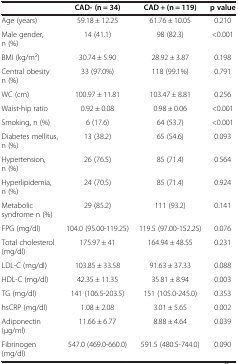
<table><thead><tr><td><b> </b></td><td><b>CAD- (n = 34)</b></td><td><b>CAD + (n = 119)</b></td><td><b>p value</b></td></tr></thead><tbody><tr><td>Age (years)</td><td>59.18 ± 12.25</td><td>61.76 ± 10.05</td><td>0.210</td></tr><tr><td>Male gender, n (%)</td><td>14 (41.1)</td><td>98 (82.3)</td><td>&lt;0.001</td></tr><tr><td>BMI (kg/m<sup>2</sup>)</td><td>30.74 ± 5.90</td><td>28.92 ± 3.87</td><td>0.198</td></tr><tr><td>Central obesity n (%)</td><td>33 (97.0%)</td><td>118 (99.1%)</td><td>0.791</td></tr><tr><td>WC (cm)</td><td>100.97 ± 11.81</td><td>103.47 ± 8.81</td><td>0.256</td></tr><tr><td>Waist-hip ratio</td><td>0.92 ± 0.08</td><td>0.98 ± 0.06</td><td>&lt;0.001</td></tr><tr><td>Smoking, n (%)</td><td>6 (17.6)</td><td>64 (53.7)</td><td>&lt;0.001</td></tr><tr><td>Diabetes mellitus, n (%)</td><td>13 (38.2)</td><td>65 (54.6)</td><td>0.093</td></tr><tr><td>Hypertension, n (%)</td><td>26 (76.5)</td><td>85 (71.4)</td><td>0.564</td></tr><tr><td>Hyperlipidemia, n (%)</td><td>24 (70.5)</td><td>85 (71.4)</td><td>0.924</td></tr><tr><td>Metabolic syndrome n (%)</td><td>29 (85.2)</td><td>111 (93.2)</td><td>0.141</td></tr><tr><td>FPG (mg/dl)</td><td>104.0 (95.00-119.25)</td><td>119.5 (97.00-152.25)</td><td>0.076</td></tr><tr><td>Total cholesterol (mg/dl)</td><td>175.97 ± 41</td><td>164.94 ± 48.55</td><td>0.231</td></tr><tr><td>LDL-C (mg/dl)</td><td>103.85 ± 33.58</td><td>91.63 ± 37.33</td><td>0.088</td></tr><tr><td>HDL-C (mg/dl)</td><td>42.35 ± 11.35</td><td>35.81 ± 8.94</td><td>0.003</td></tr><tr><td>TG (mg/dl)</td><td>141 (106.5-203.5)</td><td>151 (105.0-245.0)</td><td>0.353</td></tr><tr><td>hsCRP (mg/dl)</td><td>1.08 ± 2.08</td><td>3.01 ± 5.65</td><td>0.002</td></tr><tr><td>Adiponectin (μg/ml)</td><td>11.66 ± 6.77</td><td>8.88 ± 4.64</td><td>0.039</td></tr><tr><td>Fibrinogen (mg/dl)</td><td>547.0 (469.0-660.0)</td><td>591.5 (480.5-744.0)</td><td>0.090</td></tr></tbody></table>